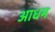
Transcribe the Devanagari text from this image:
आधम